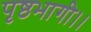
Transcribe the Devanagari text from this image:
पृष्ठभागी।।